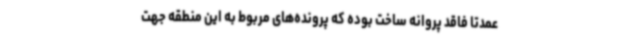
عمدتا فاقد پروانه ساخت بوده که پرونده‌های مربوط به این منطقه جهت